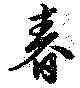
春